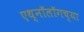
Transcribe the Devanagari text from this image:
एथ्नॉलॉगच्या